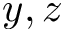
y , z